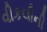
વીકલીની